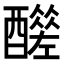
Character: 𨣣